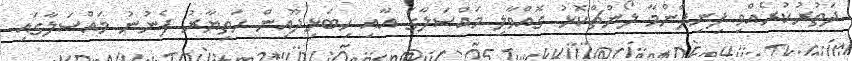
ދަތުރުކުރެއްވި ފިނިފެންމާ ލޯންޗްކޮޅު ގޮއްވާލި މައްސަލާގަ އާއި ހިބަޅިދޫއިން ހަތިޔާރު ފެނުނު މައްސަލާގައި